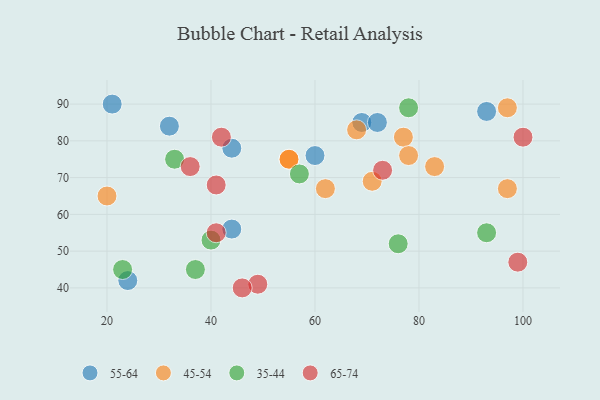
{"axis": {"x": "GDP", "y": "Life Expectancy"}, "legend": ["35-44", "45-54", "55-64", "65-74"], "data": [{"x": "44", "y": 56, "type": "55-64"}, {"x": "69", "y": 85, "type": "55-64"}, {"x": "72", "y": 85, "type": "55-64"}, {"x": "24", "y": 42, "type": "55-64"}, {"x": "60", "y": 76, "type": "55-64"}, {"x": "44", "y": 78, "type": "55-64"}, {"x": "32", "y": 84, "type": "55-64"}, {"x": "93", "y": 88, "type": "55-64"}, {"x": "21", "y": 90, "type": "55-64"}, {"x": "97", "y": 67, "type": "45-54"}, {"x": "68", "y": 83, "type": "45-54"}, {"x": "55", "y": 75, "type": "45-54"}, {"x": "20", "y": 65, "type": "45-54"}, {"x": "62", "y": 67, "type": "45-54"}, {"x": "83", "y": 73, "type": "45-54"}, {"x": "97", "y": 89, "type": "45-54"}, {"x": "55", "y": 75, "type": "45-54"}, {"x": "77", "y": 81, "type": "45-54"}, {"x": "71", "y": 69, "type": "45-54"}, {"x": "78", "y": 76, "type": "45-54"}, {"x": "37", "y": 45, "type": "35-44"}, {"x": "40", "y": 53, "type": "35-44"}, {"x": "57", "y": 71, "type": "35-44"}, {"x": "93", "y": 55, "type": "35-44"}, {"x": "33", "y": 75, "type": "35-44"}, {"x": "23", "y": 45, "type": "35-44"}, {"x": "76", "y": 52, "type": "35-44"}, {"x": "78", "y": 89, "type": "35-44"}, {"x": "73", "y": 72, "type": "65-74"}, {"x": "100", "y": 81, "type": "65-74"}, {"x": "41", "y": 55, "type": "65-74"}, {"x": "49", "y": 41, "type": "65-74"}, {"x": "46", "y": 40, "type": "65-74"}, {"x": "99", "y": 47, "type": "65-74"}, {"x": "41", "y": 68, "type": "65-74"}, {"x": "36", "y": 73, "type": "65-74"}, {"x": "42", "y": 81, "type": "65-74"}]}